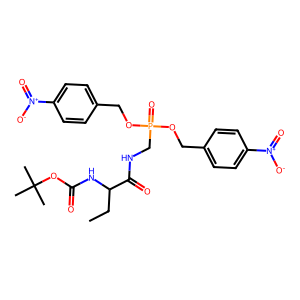
SMILES: CCC(NC(=O)OC(C)(C)C)C(=O)NCP(=O)(OCc1ccc([N+](=O)[O-])cc1)OCc1ccc([N+](=O)[O-])cc1
Inhibits HIV replication: No